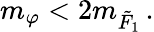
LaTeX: m_{\varphi}<2m_{\tilde{F}_{1}}\, .